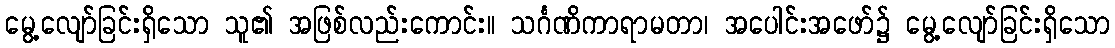
မွေ့လျော်ခြင်းရှိသော သူ၏ အဖြစ်လည်းကောင်း။ သင်္ဂဏိကာရာမတာ၊ အပေါင်းအဖော်၌ မွေ့လျော်ခြင်းရှိသော